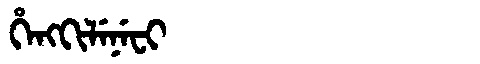
Manchu: ᡥᡝᠩᡴᡳᠯᡝᠨᡝᠸᡳ
Romanization: HENGKILENEFI